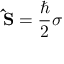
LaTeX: \mathbf { \hat { S } } = { \frac { \hbar } { 2 } } { \boldsymbol { \sigma } } \,